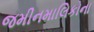
જમીનમાલિકોના